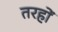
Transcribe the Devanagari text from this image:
तरहों